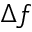
\Delta f